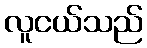
လူငယ်သည်